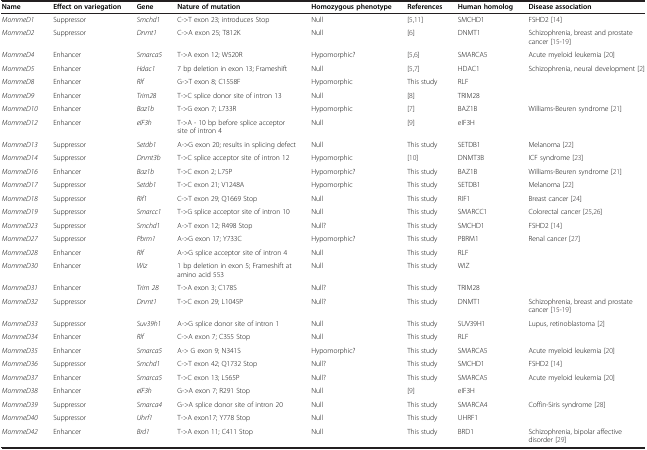
<table><thead><tr><td><b>Name</b></td><td><b>Effect on variegation</b></td><td><b>Gene</b></td><td><b>Nature of mutation</b></td><td><b>Homozygous phenotype</b></td><td><b>References</b></td><td><b>Human homolog</b></td><td><b>Disease association</b></td></tr></thead><tbody><tr><td><i>MommeD1</i></td><td>Suppressor</td><td><i>Smchd1</i></td><td>C-&gt;T exon 23; introduces Stop</td><td>Null</td><td>[5,11]</td><td>SMCHD1</td><td>FSHD2 [14]</td></tr><tr><td><i>MommeD2</i></td><td>Suppressor</td><td><i>Dnmt1</i></td><td>C-&gt;A exon 25; T812K</td><td>Null</td><td>[6]</td><td>DNMT1</td><td>Schizophrenia, breast and prostate cancer [15-19]</td></tr><tr><td><i>MommeD4</i></td><td>Enhancer</td><td><i>Smarca5</i></td><td>T-&gt;A exon 12; W520R</td><td>Hypomorphic?</td><td>[5,6]</td><td>SMARCA5</td><td>Acute myeloid leukemia [20]</td></tr><tr><td><i>MommeD5</i></td><td>Enhancer</td><td><i>Hdac1</i></td><td>7 bp deletion in exon 13; Frameshift</td><td>Null</td><td>[5,7]</td><td>HDAC1</td><td>Schizophrenia, neural development [2]</td></tr><tr><td><i>MommeD8</i></td><td>Enhancer</td><td><i>Rlf</i></td><td>G-&gt;T exon 8; C1558F</td><td>Hypomorphic</td><td>This study</td><td>RLF</td><td> </td></tr><tr><td><i>MommeD9</i></td><td>Enhancer</td><td><i>Trim28</i></td><td>T-&gt;C splice donor site of intron 13</td><td>Null</td><td>[8]</td><td>TRIM28</td><td> </td></tr><tr><td><i>MommeD10</i></td><td>Enhancer</td><td><i>Baz1b</i></td><td>T-&gt;G exon 7; L733R</td><td>Hypomorphic</td><td>[7]</td><td>BAZ1B</td><td>Williams-Beuren syndrome [21]</td></tr><tr><td><i>MommeD12</i></td><td>Enhancer</td><td><i>eIF3h</i></td><td>T-&gt;A - 10 bp before splice acceptor site of intron 4</td><td>Null</td><td>[9]</td><td>eIF3H</td><td> </td></tr><tr><td><i>MommeD13</i></td><td>Suppressor</td><td><i>Setdb1</i></td><td>A-&gt;G exon 20; results in splicing defect</td><td>Null</td><td>This study</td><td>SETDB1</td><td>Melanoma [22]</td></tr><tr><td><i>MommeD14</i></td><td>Suppressor</td><td><i>Dnmt3b</i></td><td>T-&gt;C splice acceptor site of intron 12</td><td>Hypomorphic</td><td>[10]</td><td>DNMT3B</td><td>ICF syndrome [23]</td></tr><tr><td><i>MommeD16</i></td><td>Enhancer</td><td><i>Baz1b</i></td><td>T-&gt;C exon 2; L75P</td><td>Hypomorphic?</td><td>This study</td><td>BAZ1B</td><td>Williams-Beuren syndrome [21]</td></tr><tr><td><i>MommeD17</i></td><td>Suppressor</td><td><i>Setdb1</i></td><td>T-&gt;C exon 21; V1248A</td><td>Hypomorphic</td><td>This study</td><td>SETDB1</td><td>Melanoma [22]</td></tr><tr><td><i>MommeD18</i></td><td>Suppressor</td><td><i>Rif1</i></td><td>C-&gt;T exon 29; Q1669 Stop</td><td>Null</td><td>This study</td><td>RIF1</td><td>Breast cancer [24]</td></tr><tr><td><i>MommeD19</i></td><td>Suppressor</td><td><i>Smarcc1</i></td><td>T-&gt;G splice acceptor site of intron 10</td><td>Null</td><td>This study</td><td>SMARCC1</td><td>Colorectal cancer [25,26]</td></tr><tr><td><i>MommeD23</i></td><td>Suppressor</td><td><i>Smchd1</i></td><td>A-&gt;T exon 12; R498 Stop</td><td>Null?</td><td>This study</td><td>SMCHD1</td><td>FSHD2 [14]</td></tr><tr><td><i>MommeD27</i></td><td>Suppressor</td><td><i>Pbrm1</i></td><td>A-&gt;G exon 17; Y733C</td><td>Hypomorphic?</td><td>This study</td><td>PBRM1</td><td>Renal cancer [27]</td></tr><tr><td><i>MommeD28</i></td><td>Enhancer</td><td><i>Rlf</i></td><td>A-&gt;G splice acceptor site of intron 4</td><td>Null</td><td>This study</td><td>RLF</td><td> </td></tr><tr><td><i>MommeD30</i></td><td>Enhancer</td><td><i>Wiz</i></td><td>1 bp deletion in exon 5; Frameshift at amino acid 553</td><td>Null</td><td>This study</td><td>WIZ</td><td> </td></tr><tr><td><i>MommeD31</i></td><td>Enhancer</td><td><i>Trim 28</i></td><td>T-&gt;A exon 3; C178S</td><td>Null?</td><td>This study</td><td>TRIM28</td><td> </td></tr><tr><td><i>MommeD32</i></td><td>Suppressor</td><td><i>Dnmt1</i></td><td>T-&gt;C exon 29; L1045P</td><td>Null?</td><td>This study</td><td>DNMT1</td><td>Schizophrenia, breast and prostate cancer [15-19]</td></tr><tr><td><i>MommeD33</i></td><td>Suppressor</td><td><i>Suv39h1</i></td><td>A-&gt;G splice donor site of intron 1</td><td>Null</td><td>This study</td><td>SUV39H1</td><td>Lupus, retinoblastoma [2]</td></tr><tr><td><i>MommeD34</i></td><td>Enhancer</td><td><i>Rlf</i></td><td>C-&gt;A exon 7; C355 Stop</td><td>Null</td><td>This study</td><td>RLF</td><td> </td></tr><tr><td><i>MommeD35</i></td><td>Enhancer</td><td><i>Smarca5</i></td><td>A-&gt; G exon 9; N341S</td><td>Hypomorphic?</td><td>This study</td><td>SMARCA5</td><td>Acute myeloid leukemia [20]</td></tr><tr><td><i>MommeD36</i></td><td>Suppressor</td><td><i>Smchd1</i></td><td>C-&gt;T exon 42; Q1732 Stop</td><td>Null?</td><td>This study</td><td>SMCHD1</td><td>FSHD2 [14]</td></tr><tr><td><i>MommeD37</i></td><td>Enhancer</td><td><i>Smarca5</i></td><td>T-&gt;C exon 13; L565P</td><td>Null?</td><td>This study</td><td>SMARCA5</td><td>Acute myeloid leukemia [20]</td></tr><tr><td><i>MommeD38</i></td><td>Enhancer</td><td><i>eIF3h</i></td><td>G-&gt;A exon 7; R291 Stop</td><td>Null</td><td>[9]</td><td>eIF3H</td><td> </td></tr><tr><td><i>MommeD39</i></td><td>Suppressor</td><td><i>Smarca4</i></td><td>G-&gt;A splice donor site of intron 20</td><td>Null</td><td>This study</td><td>SMARCA4</td><td>Coffin-Siris syndrome [28]</td></tr><tr><td><i>MommeD40</i></td><td>Suppressor</td><td><i>Uhrf1</i></td><td>T-&gt;A exon17; Y778 Stop</td><td>Null</td><td>This study</td><td>UHRF1</td><td> </td></tr><tr><td><i>MommeD42</i></td><td>Enhancer</td><td><i>Brd1</i></td><td>T-&gt;A exon 11; C411 Stop</td><td>Null</td><td>This study</td><td>BRD1</td><td>Schizophrenia, bipolar affective disorder [29]</td></tr></tbody></table>